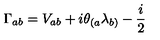
\Gamma _ { a b } = V _ { a b } + i \theta _ { ( a } \lambda _ { b ) } - \frac { i } { 2 }